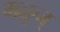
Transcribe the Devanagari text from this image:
म्ह्नुन्